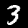
Digit: 3